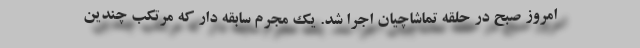
امروز صبح در حلقه تماشاچیان اجرا شد. یک مجرم‌ سابقه دار که مرتکب چندین